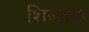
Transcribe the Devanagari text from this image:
शिल्पांना